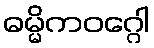
ဓမ္မိကဝဂ္ဂေါ